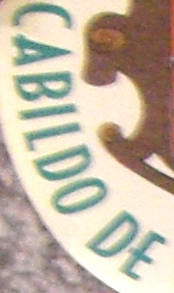
CABILDO DE